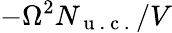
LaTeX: -\Omega^{2}N_{\mathrm{~u~.~c~.~}}/V